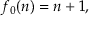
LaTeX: f _ { 0 } ( n ) = n + 1 ,